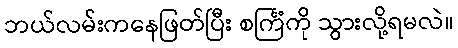
ဘယ်လမ်းကနေဖြတ်ပြီး စင်္ကြံကို သွားလို့ရမလဲ။